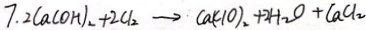
7 . 2 ( a c 0 H ) _ { 2 } + 2 C l _ { 2 } \rightarrow C a ( C l o ) _ { 2 } + 2 H _ { 2 } O + C a C l 2